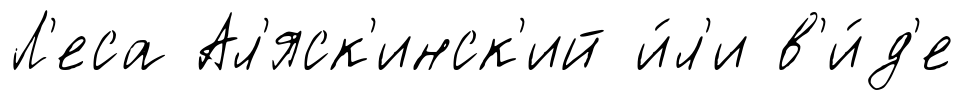
Л'еса Ал'яск'инск'ий и́л'и в'и́д'е